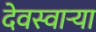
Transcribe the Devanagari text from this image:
देवस्वार्‍या